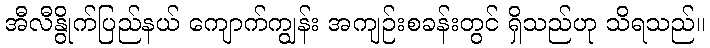
အီလီနွိုက်ပြည်နယ် ကျောက်ကျွန်း အကျဉ်းစခန်းတွင် ရှိသည်ဟု သိရသည်။